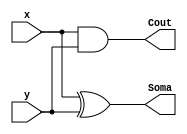
//NOME: Henrique Carvalho Parreira

module MS (Soma, Cout, x, y);

output Cout, Soma;
input x, y;

xor XOR1 (Soma, x, y);
and AND1 (Cout, x, y);

endmodule // MS

module SC (Soma1, Cout1, x1, y1, Cin);

output Cout1, Soma1;
input x1, y1, Cin;
wire t1, t2, t3;

MS MS1 (t2, t1, x1, y1);
MS MS2 (Soma1, t3, Cin, t2);
or Or1 (Cout1, t3, t1);

endmodule // SC

module compLogico (s, a, b);

output s;
input [3:0]a;
input [3:0]b;
wire t1, t2, t3, t4;

xnor XNOR1 (t1, a[0], b[0]);
xnor XNOR2 (t2, a[1], b[1]);
xnor XNOR3 (t3, a[2], b[2]);
xnor XNOR4 (t4, a[3], b[3]);
and AND1 (s, t1, t2, t3, t4);

endmodule // compLogico

module compAritmetico (menor, maior, a, b);

output menor, maior;
input [3:0]a;
input [3:0]b;
wire t[0:7];
wire t1, t2, t3, t4;


xnor XNOR2 (t2, a[1], b[1]);
xnor XNOR3 (t3, a[2], b[2]);
xnor XNOR4 (t4, a[3], b[3]);

and AND1 (t[0], a[0], ~b[0], t4, t3, t2);
and AND2 (t[1], a[1], ~b[1], t4, t3);
and AND3 (t[2], a[2], ~b[2], t4);
and AND4 (t[3], a[3], ~b[3]);

or OR1 (maior, t[0], t[1], t[2], t[3]);

and AND5 (t[4], ~a[0], b[0], t4, t3, t2);
and AND6 (t[5], ~a[1], b[1], t4, t3);
and AND7 (t[6], ~a[2], b[2], t4);
and AND8 (t[7], ~a[3], b[3]);

or OR2 (menor, t[4], t[5], t[6], t[7]);

endmodule // compAritmetico


module SomaSubLogAriDetCompl (compl ,s2 ,maior, menor, s1, s, vout, a, b, sel);

output vout, s1, maior, menor, s2; 
output [3:0]s;
output [3:0]compl;
input sel;
input [3:0]a;
input [3:0]b; 
wire v[0:6];

xor XOR1 (v[0], sel, b[0]);
xor XOR2 (v[1], sel, b[1]);
xor XOR3 (v[2], sel, b[2]);
xor XOR4 (v[3], sel, b[3]);

SC SC0 (s[0], v[4], a[0], v[0], sel);
SC SC1 (s[1], v[5], a[1], v[1], v[4]);
SC SC2 (s[2], v[6], a[2], v[2], v[5]);
SC SC3 (s[3], vout, a[3], v[3], v[6]);

and AND1 (s2, sel, ~vout);

not Not2 (compl[0], s[0]);
not Not3 (compl[1], s[1]);
not Not4 (compl[2], s[2]);
not Not5 (compl[3], s[3]);

compLogico compLogico1 (s1, a, b);

compAritmetico CA (menor, maior, a, b);

endmodule // SomaSubLogAriDet

// -- test Somador subtrator 4 bits compl 1

module testSomaSubLogAriDetCompl;

reg [3:0]x;
reg [3:0]y;
reg sel;
wire [3:0]s;
wire [3:0]s3;
wire s1, s2;
wire cout, maior, menor;
integer j, k;

// instancia 
SomaSubLogAriDetCompl COMPL1 (s3, s2 ,maior, menor, s1, s, cout, x, y, sel);

// parte principal

initial begin
sel = 0;
x = 0;
y = 0;
j = 0;

end

 initial begin 
 
      $display("Test Somador Completo 4 bits com comparador logico e aritmetico, detector e complemento de 1\n");      
		$display("\nSel    a      b      Cout  Soma/Subt   Compl 1   a = b      a > b   a < b  detector\n");
      $monitor("%b     %4b    %4b     %b     %4b       %4b       %b          %b       %b       %b" , sel, x, y, cout, s, s3, s1, maior, menor, s2);
		
		for (j = 0; j < 16; j = j + 1) begin
					
			#1 x = j;		
													
				for (k = 0; k < 16; k = k + 1) begin
		
					#1 y = k; 					
								
			   end
				
		   end
					
			for (j = 0; j < 16; j = j + 1) begin
					
			#1 x = j; sel = 1;
													
				for (k = 0; k < 16; k = k + 1) begin
		
					#1 y = k; 					
								
			   end
		
	   end		
				
  end
 
endmodule // testSomaSubLogAridetCompl